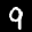
Label: 9